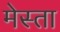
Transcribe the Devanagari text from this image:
मेस्ता